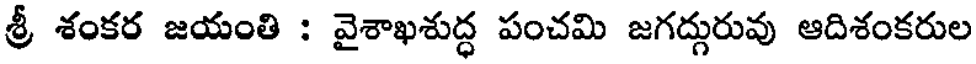
శ్రీ శంకర జయంతి : వైశాఖశుద్ధ పంచమి జగద్గురువు ఆదిశంకరుల